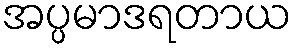
အပ္ပမာဒရတာယ